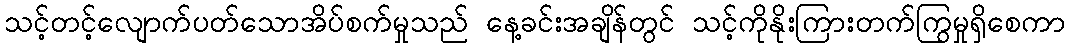
သင့်တင့်လျောက်ပတ်သောအိပ်စက်မှုသည် နေ့ခင်းအချိန်တွင် သင့်ကိုနိုးကြားတက်ကြွမှုရှိစေကာ